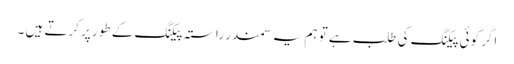
اگر کوئی پیکنگ کی طلب ہے تو ہم یہ سمندر راستہ پیکنگ کے طور پر کرتے ہیں ۔